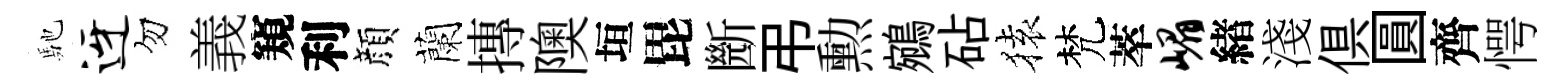
馳迓勿義窺利顔蘭摶隩垣毘㫁弔勲鵷砧𫞤梵萃嵋緖淺俱圓齊愕